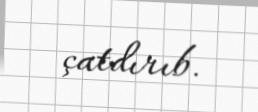
çatdırıb.